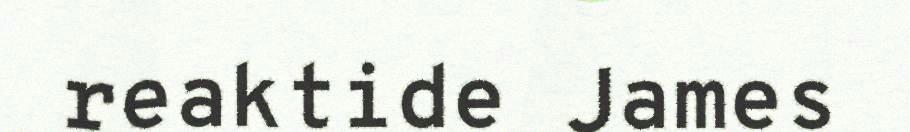
reaktide James